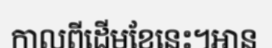
កាលពីដើមខែនេះ។អាន